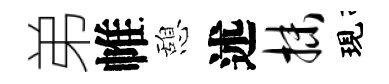
弟帷憩述抹現